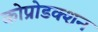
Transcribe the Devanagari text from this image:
कोप्रोडक्शन